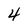
Character: 4